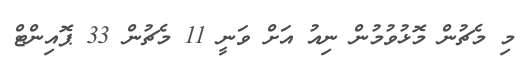
މި މެޗުން މޮޅުވުމުން ނިއު އަށް ވަނީ 11 މެޗުން 33 ޕޮއިންޓް